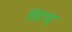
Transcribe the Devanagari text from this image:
विरुध्